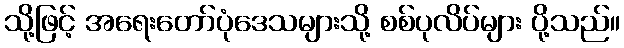
သို့ဖြင့် အရေးတော်ပုံဒေသများသို့ စစ်ပုလိပ်များ ပို့သည်။